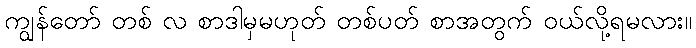
ကျွန်တော် တစ် လ စာဒါမှမဟုတ် တစ်ပတ် စာအတွက် ဝယ်လို့ရမလား။